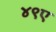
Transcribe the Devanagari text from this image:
४९ए